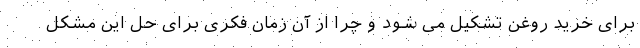
برای خرید روغن تشکیل می شود و چرا از آن زمان فکری برای حل این مشکل